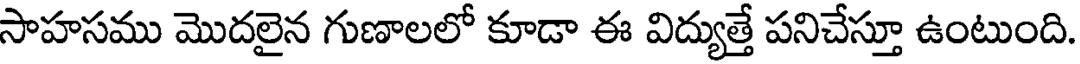
సాహసము మొదలైన గుణాలలో కూడా ఈ విద్యుత్తే పనిచేస్తూ ఉంటుంది.